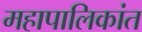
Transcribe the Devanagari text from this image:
महापालिकांत